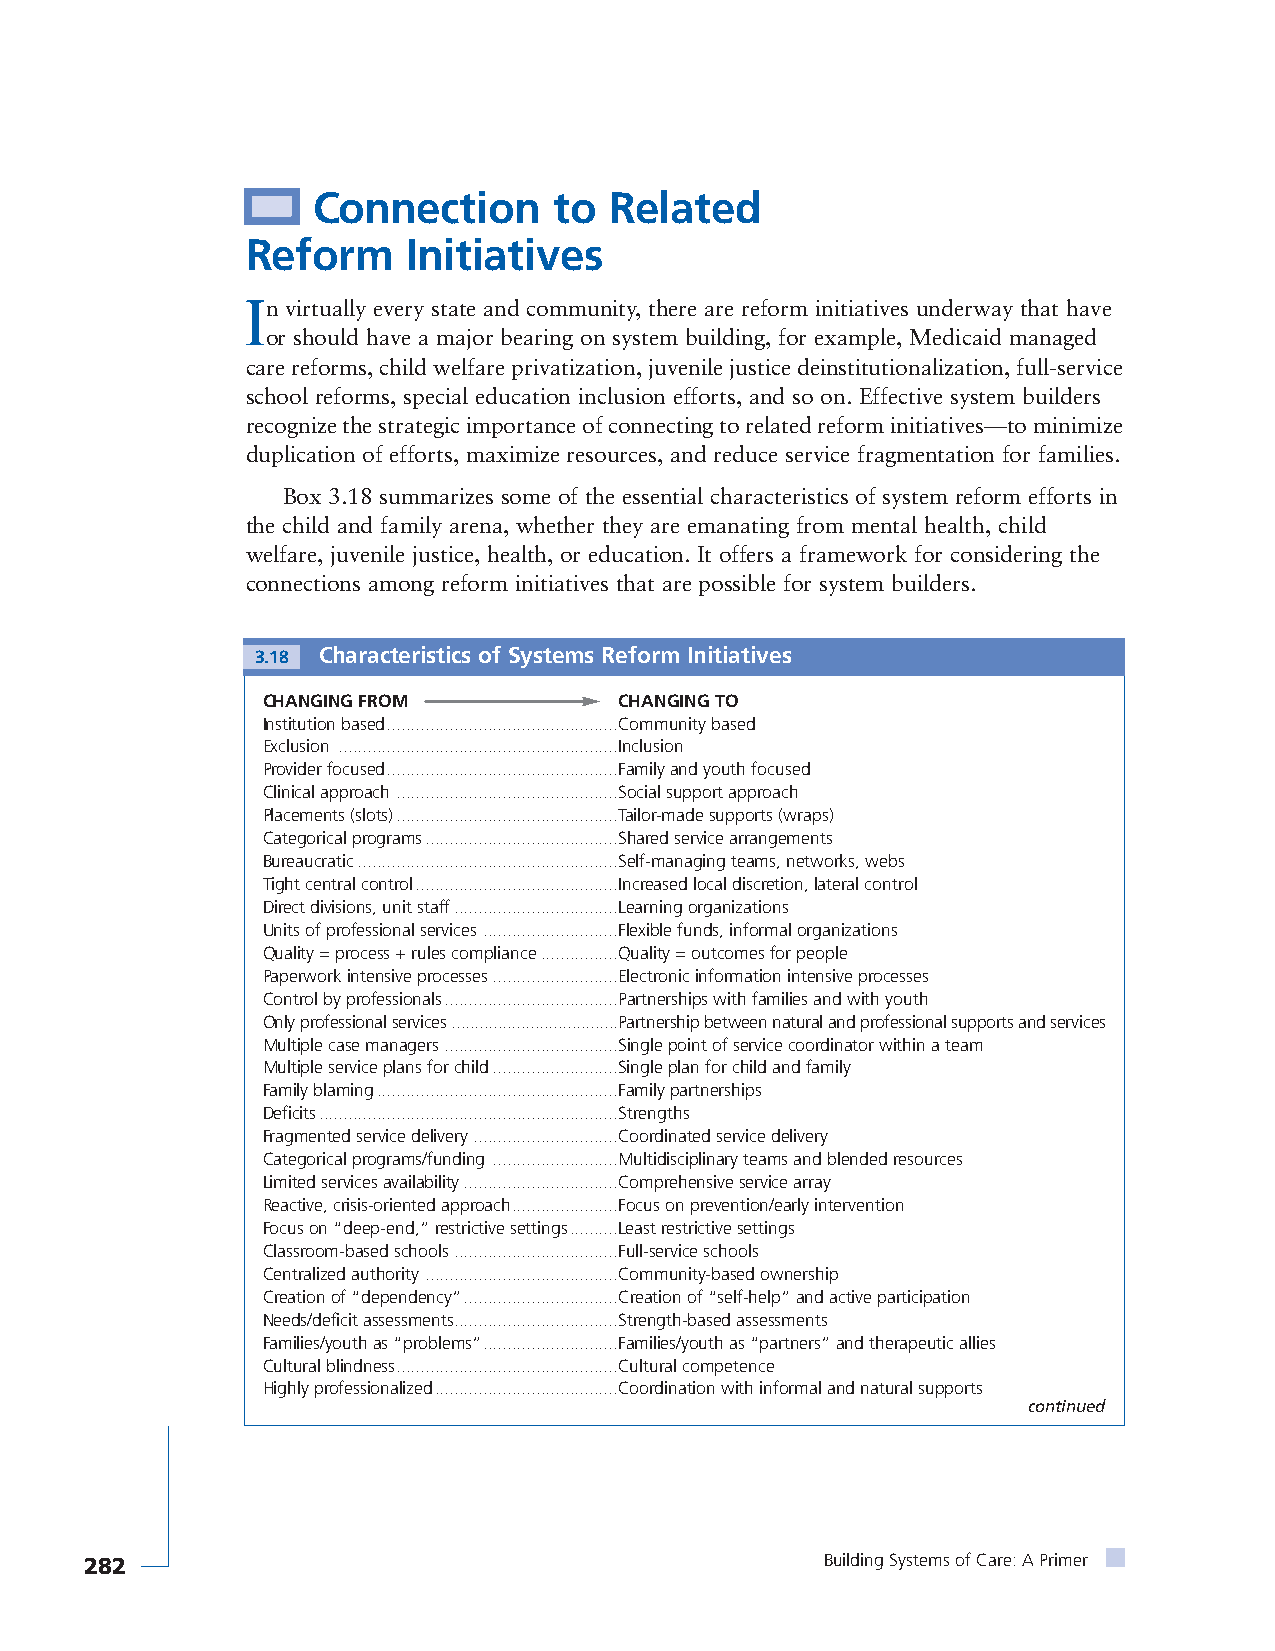
Connection      to Related
 Reform     Initiatives
 In virtually every state and community, there are reform initiatives underway that have
 or should have a major bearing on system building, for example, Medicaid managed
 care reforms, child welfare privatization, juvenile justice deinstitutionalization, full-service
 school reforms, special education inclusion efforts, and so on. Effective system builders
 recognize the strategic importance of connecting to related reform initiatives—to minimize
 duplication of efforts, maximize resources, and reduce service fragmentation for families.
 Box 3.18 summarizes some of the essential characteristics of system reform efforts in
 the child and family arena, whether they are emanating from mental health, child
 welfare, juvenile justice, health, or education. It offers a framework for considering the
 connections among reform initiatives that are possible for system builders.
 3.18 Characteristics of Systems Reform Initiatives
 CHANGING FROM           CHANGING TO
 Institution based................................................Community based
 Exclusion ..........................................................Inclusion
 Provider focused................................................Family and youth focused
 Clinical approach..............................................Social support approach
 Placements (slots)..............................................Tailor-made supports (wraps)
 Categorical programs........................................Shared service arrangements
 Bureaucratic......................................................Self-managing teams, networks, webs
 Tight central control..........................................Increased local discretion, lateral control
 Direct divisions, unit staff..................................Learning organizations
 Units of professional services ............................Flexible funds, informal organizations
 Quality = process + rules compliance................Quality = outcomes for people
 Paperwork intensive processes..........................Electronic information intensive processes
 Control by professionals....................................Partnerships with families and with youth
 Only professional services....................................Partnership between natural and professional supports and services
 Multiple case managers....................................Single point of service coordinator within a team
 Multiple service plans for child..........................Single plan for child and family
 Family blaming..................................................Family partnerships
 Deficits..............................................................Strengths
 Fragmented service delivery..............................Coordinated service delivery
 Categorical programs/funding ..........................Multidisciplinary teams and blended resources
 Limited services availability................................Comprehensive service array
 Reactive, crisis-oriented approach......................Focus on prevention/early intervention
 Focus on “deep-end,” restrictive settings..........Least restrictive settings
 Classroom-based schools..................................Full-service schools
 Centralized authority ........................................Community-based ownership
 Creation of “dependency”................................Creation of “self-help” and active participation
 Needs/deficit assessments..................................Strength-based assessments
 Families/youth as “problems”............................Families/youth as “partners” and therapeutic allies
 Cultural blindness..............................................Cultural competence
 Highly professionalized......................................Coordination with informal and natural supports
 continued
 282                                              Building Systems of Care: A Primer